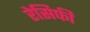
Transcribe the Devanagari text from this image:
रेसिफी